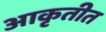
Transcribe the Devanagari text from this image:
आकृतीत